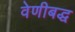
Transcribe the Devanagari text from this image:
वेणीबद्ध